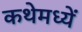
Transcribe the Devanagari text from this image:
कथेमध्यें